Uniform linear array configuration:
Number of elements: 4
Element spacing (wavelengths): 0.75
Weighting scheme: blackman
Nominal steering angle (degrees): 0
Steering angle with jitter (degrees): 1.101
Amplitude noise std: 0.05
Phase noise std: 0.05

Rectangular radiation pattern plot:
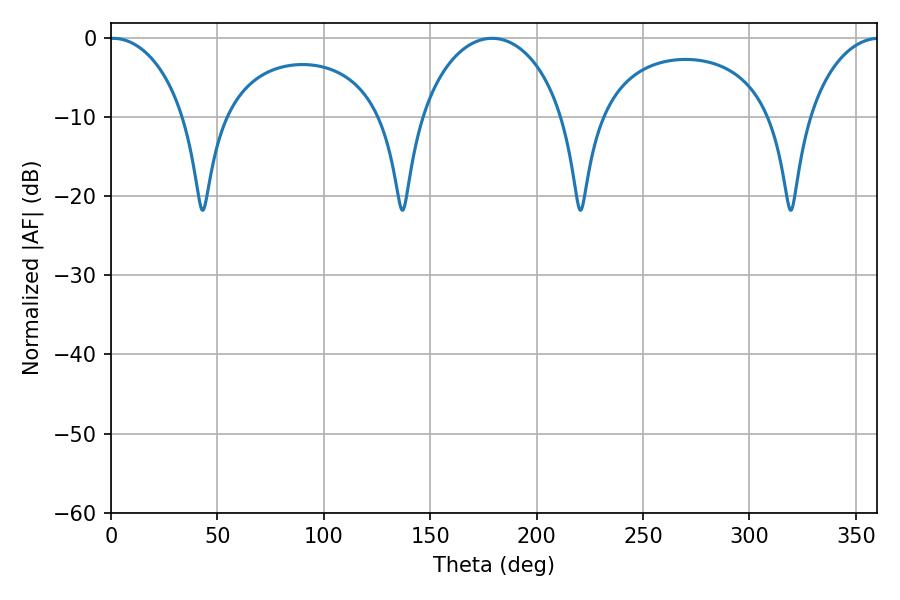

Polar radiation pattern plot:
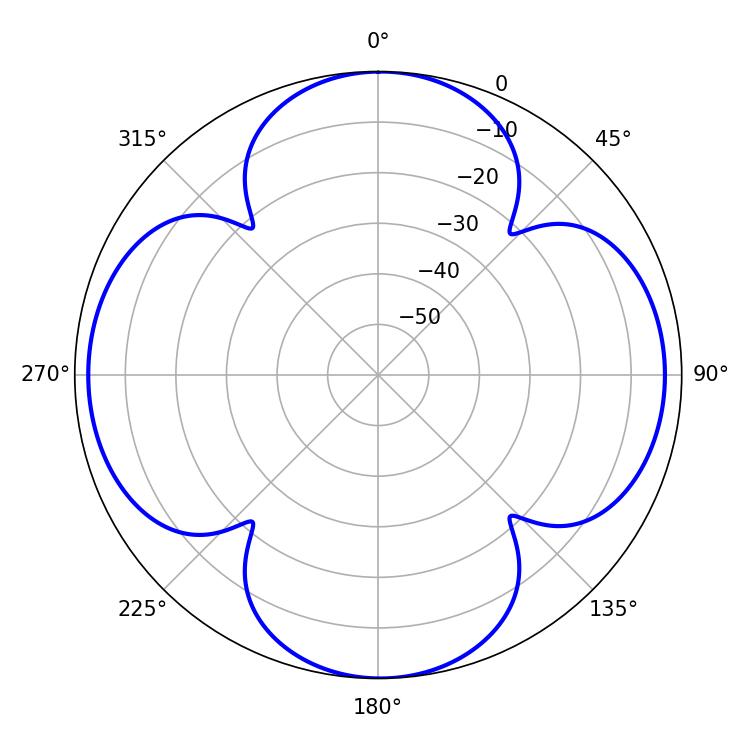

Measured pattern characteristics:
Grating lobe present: TRUE
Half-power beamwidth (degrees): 20.52
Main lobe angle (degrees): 0.9